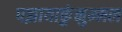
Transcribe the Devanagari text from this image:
पझायाकुंनुम्मल